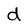
Character: d